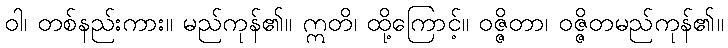
ဝါ၊ တစ်နည်းကား။ မည်ကုန်၏။ ဣတိ၊ ထို့ကြောင့်။ ဝဇ္ဇိတာ၊ ဝဇ္ဇိတမည်ကုန်၏။